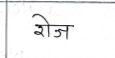
मजकूर: रोज